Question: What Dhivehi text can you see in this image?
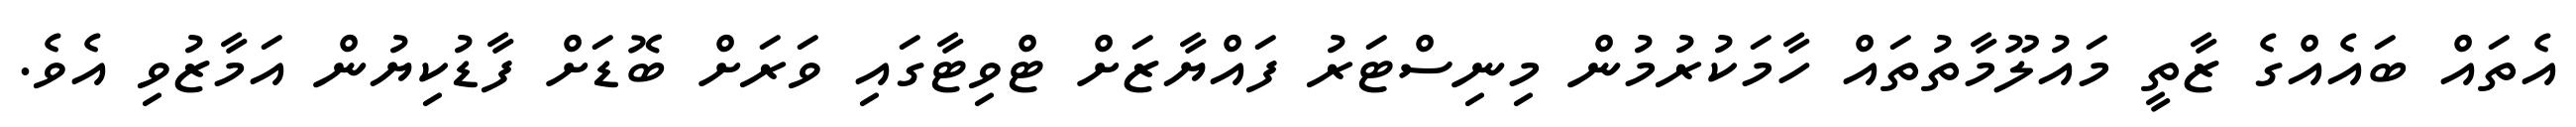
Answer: އެތައް ބައެއްގެ ޒާތީ މައުލޫމާތުތައް ހާމަކުރުމުން މިނިސްޓަރު ފައްޔާޒަށް ޓްވިޓާގައި ވަރަށް ބޮޑަށް ފާޑުކިޔުން އަމާޒުވި އެވެ.